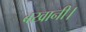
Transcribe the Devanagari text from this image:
बखानी।